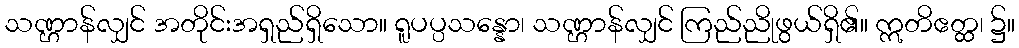
သဏ္ဌာန်လျှင် အတိုင်းအရှည်ရှိသော။ ရူပပ္ပသန္နော၊ သဏ္ဌာန်လျှင် ကြည်ညိုဖွယ်ရှိ၏။ ဣတိဧတ္ထ၊ ၌။